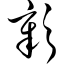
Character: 彰